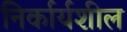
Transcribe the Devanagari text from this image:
निर्कार्यशील